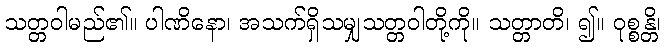
သတ္တဝါမည်၏။ ပါဏိနော၊ အသက်ရှိသမျှသတ္တဝါတို့ကို။ သတ္တာတိ၊ ၍။ ဝုစ္စန္တိ၊